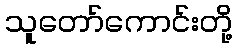
သူတော်ကောင်းတို့